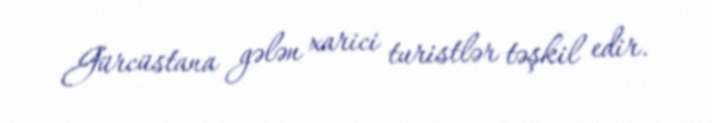
Gürcüstana gələn xarici turistlər təşkil edir.